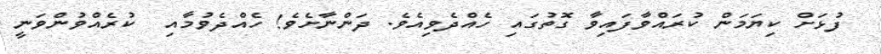
ފުޅަށް ކިޔަމަން ކުރައްވާފައިވާ ގޮތުގައި ހެއްދެވިއެވެ. ދަންނާށެވެ! ހެއްދެވުމާއި  ކުރެއްވުންވަނީ